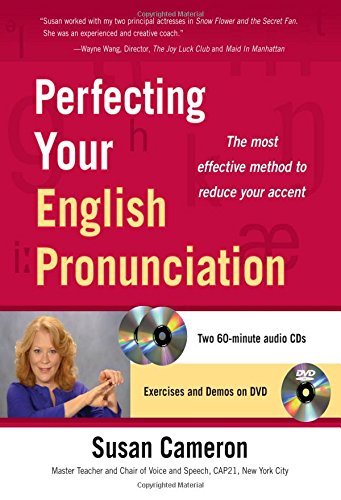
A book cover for Perfecting Your English Pronunciation with DVD; Susan Cameron; Reference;